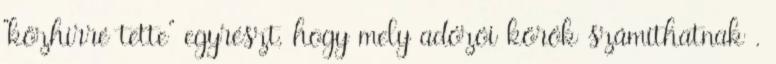
"közhírré tette" egyrészt, hogy mely adózói körök számíthatnak .